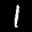
Label: 1